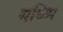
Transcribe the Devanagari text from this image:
यध्य्पि